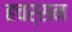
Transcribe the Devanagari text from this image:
हचर्सन